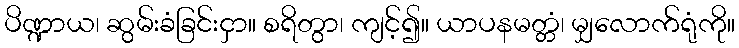
ပိဏ္ဍာယ၊ ဆွမ်းခံခြင်းငှာ။ စရိတွာ၊ ကျင့်၍။ ယာပနမတ္တံ၊ မျှလောက်ရုံကို။